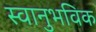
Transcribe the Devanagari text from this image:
स्वानुभविक